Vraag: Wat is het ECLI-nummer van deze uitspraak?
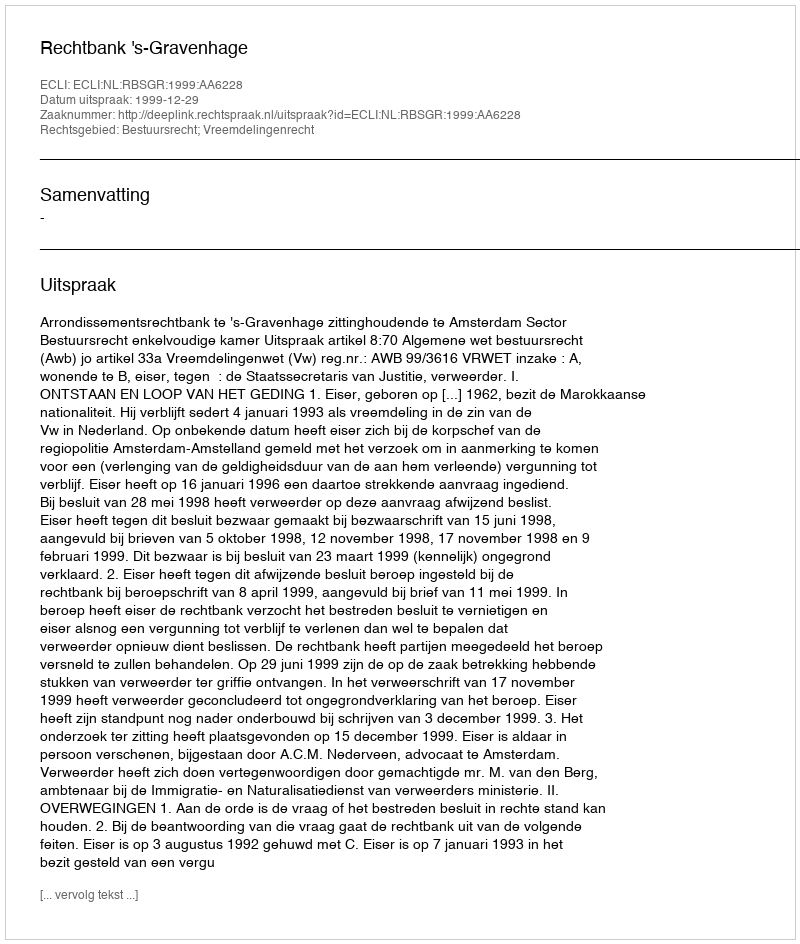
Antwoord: ECLI:NL:RBSGR:1999:AA6228